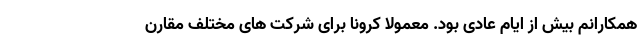
همکارانم بیش از ایام عادی بود. معمولا کرونا برای شرکت های مختلف مقارن